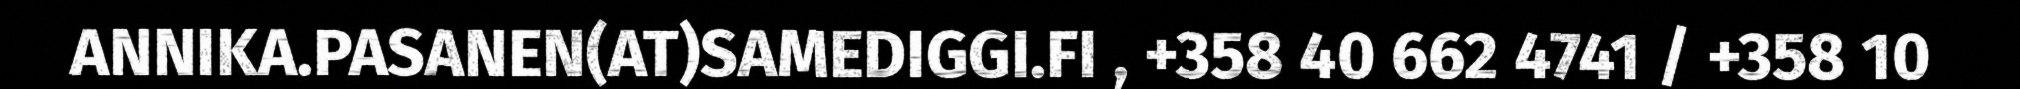
ANNIKA.PASANEN(AT)SAMEDIGGI.FI , +358 40 662 4741 / +358 10